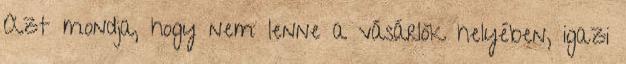
Azt mondja, hogy nem lenne a vásárlók helyében, igazi